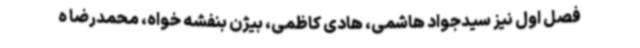
فصل اول نیز سیدجواد هاشمی، هادی کاظمی، بیژن بنفشه خواه، محمدرضا ه